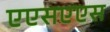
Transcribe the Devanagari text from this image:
एएसएएस